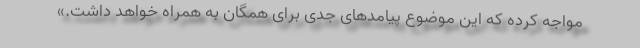
مواجه کرده که این موضوع پیامدهای جدی برای همگان به همراه خواهد داشت.»